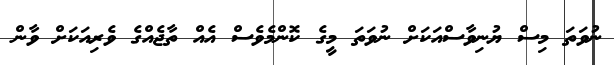
ނުވަތަ މިސް ޔުނިވާސްއަކަށް ނުވަތަ މީގެ ކޮންމެވެސް އެއް ތާޖެއްގެ ވެރިއަކަށް ވާން